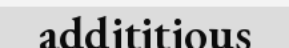
addititious